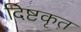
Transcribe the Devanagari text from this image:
दिष्टकृत